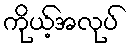
ကိုယ့်အလုပ်